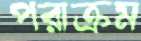
পরাক্রম